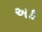
અક